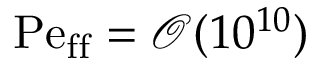
\mathrm { P e _ { f f } } = \mathcal { O } ( 1 0 ^ { 1 0 } )